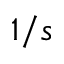
1 / s